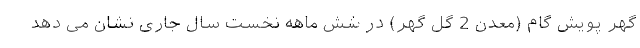
گهر پویش گام (معدن 2 گل گهر) در شش ماهه نخست سال جاری نشان می دهد